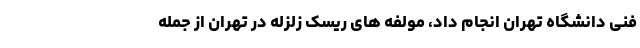
فنی دانشگاه تهران انجام داد، مولفه های ریسک زلزله در تهران از جمله